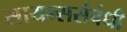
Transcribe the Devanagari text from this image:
सायन्ससंबंधी